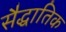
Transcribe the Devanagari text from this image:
सैद्धातिक